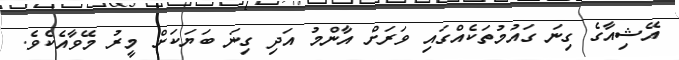
އޭޝިއާގެ ގިނަ ގައުމުތަކެއްގައި ވަރަށް އާންމު އަދި ގިނަ ބަޔަކަށް މީރު މޭވާއެކެވެ.